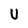
Character: U